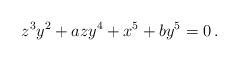
LaTeX: \begin{align*}z^3 y^2 + azy^4 + x^5 + by^5 = 0 \, . \end{align*}